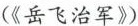
(《岳飞治军》)